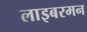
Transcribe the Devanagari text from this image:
लाइबरमन